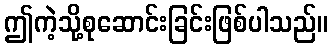
ဤကဲ့သို့စုဆောင်းခြင်းဖြစ်ပါသည်။